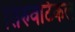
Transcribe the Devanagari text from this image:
तिरुवटिकल